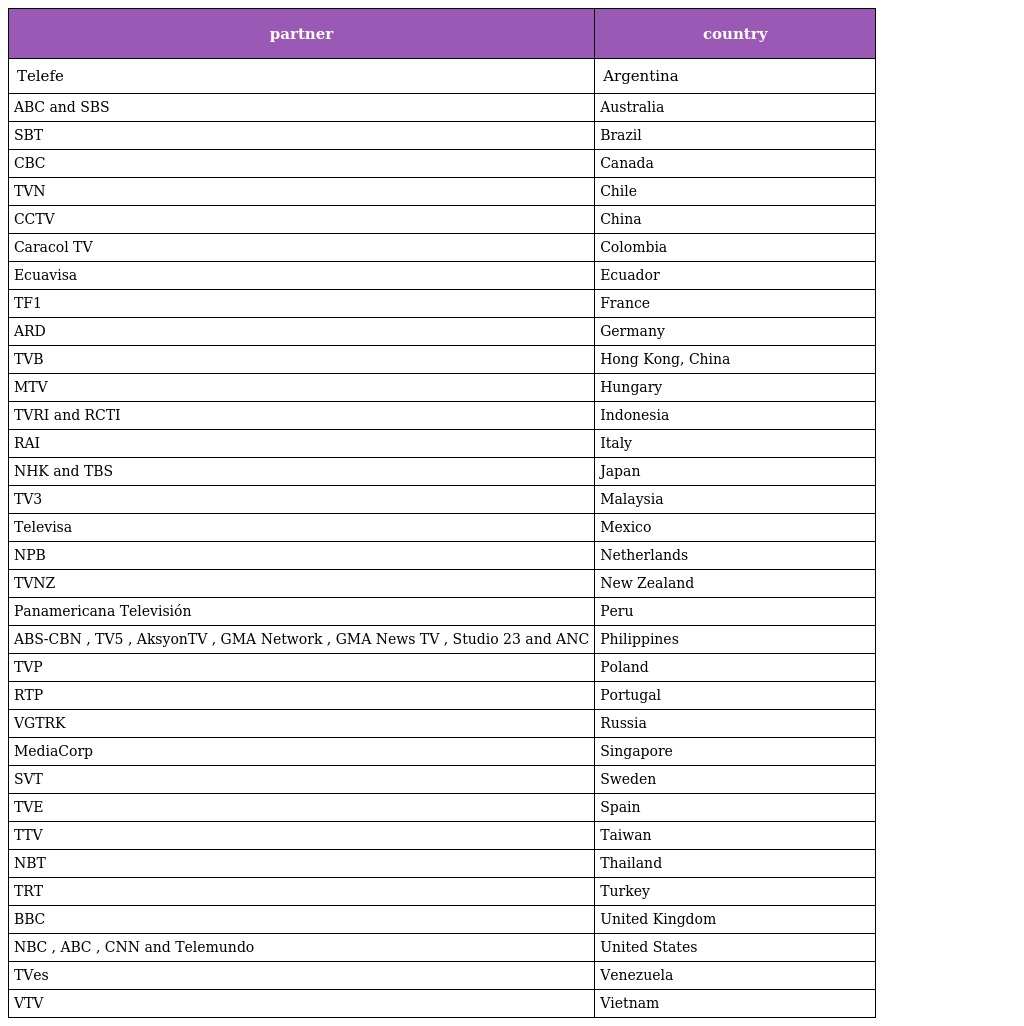
| partner | country |
 | --- | --- |
 | Telefe | Argentina |
 | ABC and SBS | Australia |
 | SBT | Brazil |
 | CBC | Canada |
 | TVN | Chile |
 | CCTV | China |
 | Caracol TV | Colombia |
 | Ecuavisa | Ecuador |
 | TF1 | France |
 | ARD | Germany |
 | TVB | Hong Kong, China |
 | MTV | Hungary |
 | TVRI and RCTI | Indonesia |
 | RAI | Italy |
 | NHK and TBS | Japan |
 | TV3 | Malaysia |
 | Televisa | Mexico |
 | NPB | Netherlands |
 | TVNZ | New Zealand |
 | Panamericana Televisión | Peru |
 | ABS-CBN , TV5 , AksyonTV , GMA Network , GMA News TV , Studio 23 and ANC | Philippines |
 | TVP | Poland |
 | RTP | Portugal |
 | VGTRK | Russia |
 | MediaCorp | Singapore |
 | SVT | Sweden |
 | TVE | Spain |
 | TTV | Taiwan |
 | NBT | Thailand |
 | TRT | Turkey |
 | BBC | United Kingdom |
 | NBC , ABC , CNN and Telemundo | United States |
 | TVes | Venezuela |
 | VTV | Vietnam |